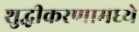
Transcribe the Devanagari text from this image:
शुद्धीकरणामध्ये